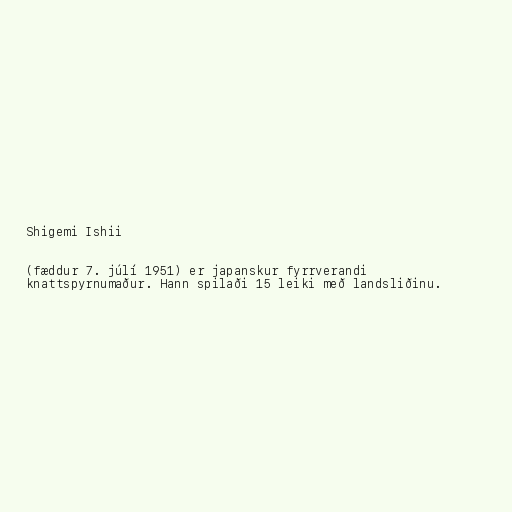
Shigemi Ishii

(fæddur 7. júlí 1951) er japanskur fyrrverandi
knattspyrnumaður. Hann spilaði 15 leiki með landsliðinu.